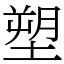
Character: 塑